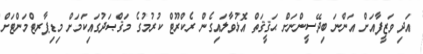
އަދި ވަޒީފާއަށް އަންނަ ބިދޭސީންނަށް ޙަޤީޤަތް އޮޅުވާލައިގެން ރެކްރޫޓް ކުރުމުގެ މަޤްޞަދުގައިކަމަށް މިޑިޕާރޓްމަންޓަށް